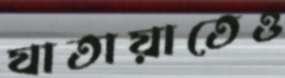
যাতায়াতেও